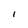
Character: 1